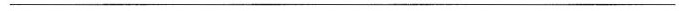
___